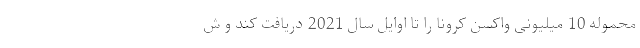
محموله 10 میلیونی واکسن کرونا را تا اوایل سال 2021 دریافت کند و ش